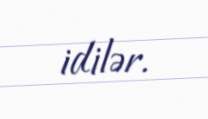
idilər.